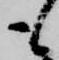
も